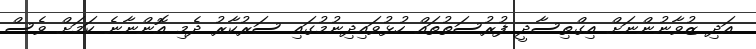
އަދި ޒުވާނުންނަށް އިގްތިސާދީ ފުރުސަތުތައް ހުޅުވައިދިނުމުގައި ސަރުކާރު ދެމި އޮންނާނެ ކަަމަށް ވެސް